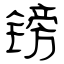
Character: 镑